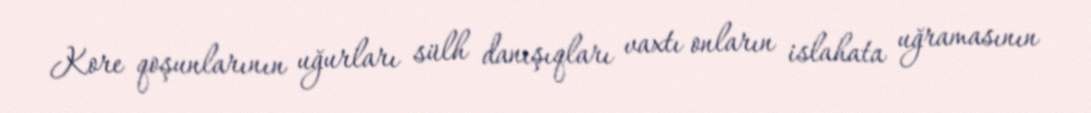
Kore qoşunlarının uğurları sülh danışıqları vaxtı onların islahata uğramasının